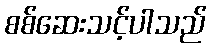
စစ်ဆေးသင့်ပါသည်